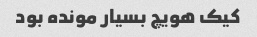
کیک هویچ بسیار مونده بود